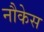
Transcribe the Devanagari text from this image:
नौकेस